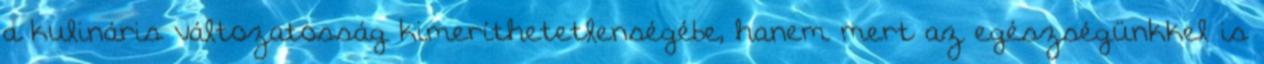
a kulináris változatosság kimeríthetetlenségébe, hanem mert az egészségünkkel is